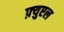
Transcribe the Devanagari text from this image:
फ़्युएल